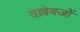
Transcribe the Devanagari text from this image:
वल्लेबजों